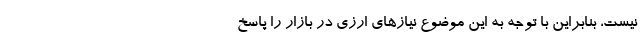
نیست، بنابراین با توجه به این موضوع نیاز‌های ارزی در بازار را پاسخ